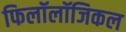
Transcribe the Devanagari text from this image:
फिलॉलॉजिकल